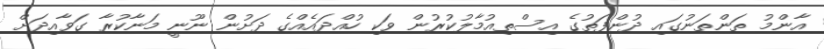
އާންމު ތަންތަނުގައި ދުންފަތުގެ އިސްތިއުމާލުކުރުން ވަކި ހުއްދައެއްގެ ދަށުން ނޫނީ މަނާކުރާ ގަވާއިދަށް